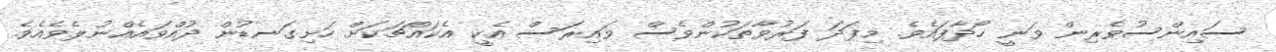
ސައިންސުވެރިން ވަނީ ހޯދާފައެވެ. މިފަދަ ފަރުވާތަކުންވެސް ވައިރަސް އެކީ އެކައްޗަކަށް ހަށިގަނޑުން ދުއްވައެއްނުލެވެއެވެ.